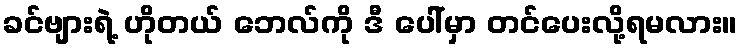
ခင်ဗျားရဲ့ ဟိုတယ် ဘေလ်ကို ဒီ ပေါ်မှာ တင်ပေးလို့ရမလား။